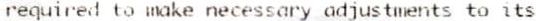
REQUIRED TO MAKE NECESSARY ADJUSTMENTS TO ITS